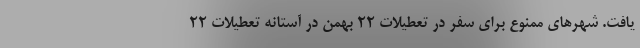
یافت. شهرهای ممنوع برای سفر در تعطیلات ۲۲ بهمن در آستانه تعطیلات ۲۲